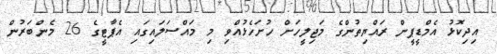
އިދިކޮޅު އެމްޑީޕީން ރައްޔިތުންގެ މަޖިލީހަށް ހުށަހެޅުއްވި މި މައްސަލައިގައި އެޕާޓީގެ 26 މެންބަރުން